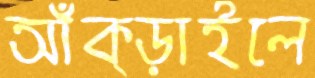
আঁক্‌ড়াইলে